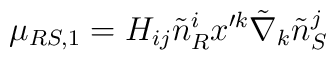
\mu_{RS,1}=H_{ij}\tilde{n}^i_R x'^k\tilde{\nabla}_k\tilde{n}^j_S